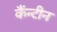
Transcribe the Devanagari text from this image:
कैंन्टीन